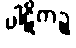
ပါဋိကဉ္စ